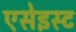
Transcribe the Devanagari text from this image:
एसेइस्ट